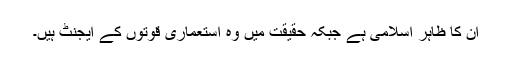
ان کا ظاہر اسلامی ہے جبکہ حقیقت میں وہ استعماری قوتوں کے ایجنٹ ہیں۔